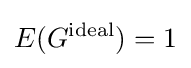
E(G^{\text{ideal}})=1